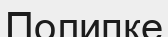
Полипке